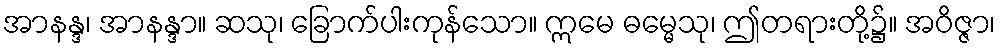
အာနန္ဒ၊ အာနန္ဒာ။ ဆသု၊ ခြောက်ပါးကုန်သော။ ဣမေ ဓမ္မေသု၊ ဤတရားတို့၌။ အဝိဇ္ဇာ၊